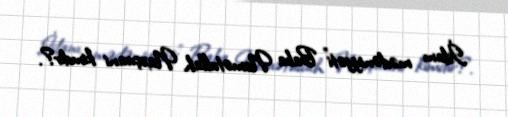
İslam mədəniyyəti” Baba Nemətullah Naxçıvani kimdir?.